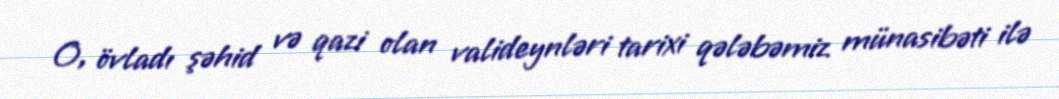
O, övladı şəhid və qazi olan valideynləri tarixi qələbəmiz münasibəti ilə